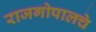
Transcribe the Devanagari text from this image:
राजगोपालचे